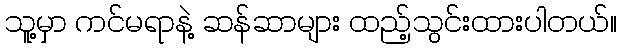
သူ့မှာ ကင်မရာနဲ့ ဆန်ဆာများ ထည့်သွင်းထားပါတယ်။